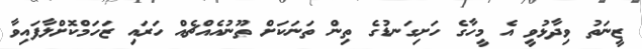
ޒީނަތު ވިދާޅުވީ އެ މީހާގެ ހަށިގަނޑުގެ ތިން ތަނަކަށް ތޫނުއެއްޗެއް ހަރައި ޒަހަމްކޮށްލާފައިވާ